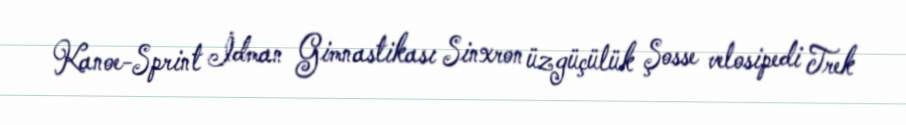
Kanoe-Sprint İdman Gimnastikası Sinxron üzgüçülük Şosse velosipedi Trek